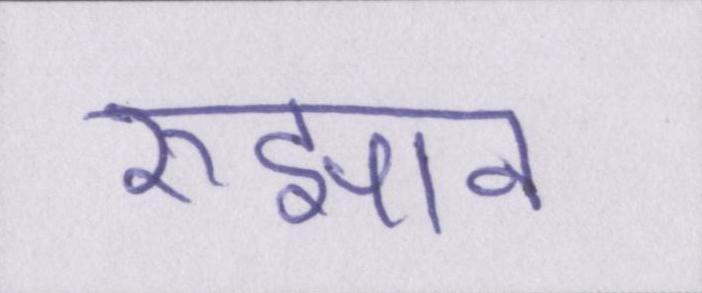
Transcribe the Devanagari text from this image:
रुझान